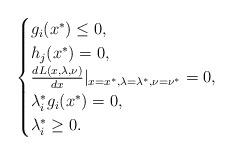
LaTeX: \begin{align*}\begin{cases}g_i(x^*) \le 0, \\ h_j(x^*) = 0, \\\frac{d{L(x, \lambda, \nu)}}{dx}|_{x = x^*, \lambda = \lambda^*, \nu = \nu^*} = 0, \\\lambda_i^*g_i(x^*) = 0, \\\lambda_i^* \ge 0.\end{cases}\end{align*}